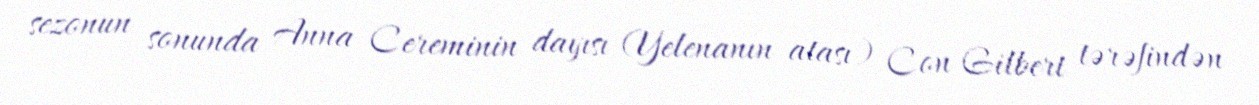
sezonun sonunda Anna Cereminin dayısı (Yelenanın atası) Con Gilbert tərəfindən